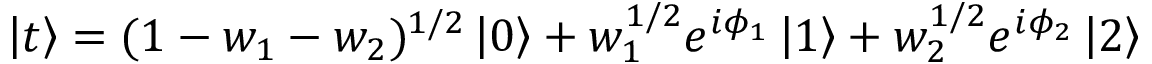
\left| t \right> = ( 1 - w _ { 1 } - w _ { 2 } ) ^ { 1 / 2 } \left| 0 \right> + w _ { 1 } ^ { 1 / 2 } e ^ { i \phi _ { 1 } } \left| 1 \right> + w _ { 2 } ^ { 1 / 2 } e ^ { i \phi _ { 2 } } \left| 2 \right>